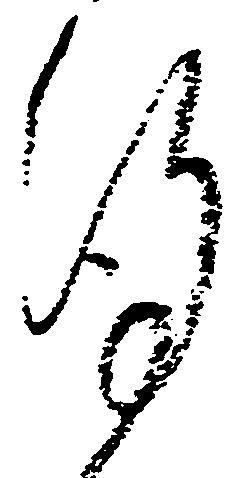
謹